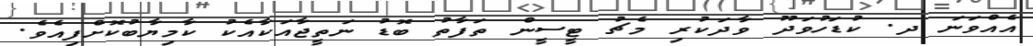
އެއްވަނަ ދ. ކުޑަހުވަދޫ ވާދަކުރި މެޗު ޓީސީން ތަފާތު ބޮޑު ނަތީޖާއަކާއެކު ކާމިޔާބުކޮށްފިއެވެ.